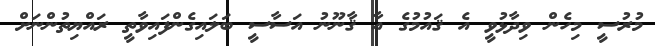
މުރުސީ މިހެން ވިދާޅުވީ އެ ޤައުމުގެ އާ ޤާނޫނު އަސާސީ ބަލައިގެންފައިވާތީ ރައްޔިތުންނަށް